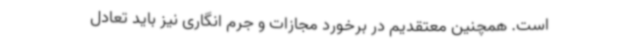
است. همچنین معتقدیم در برخورد مجازات و جرم انگاری نیز باید تعادل